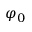
\varphi _ { 0 }